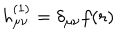
LaTeX: h _ { \mu \nu } ^ { ( 1 ) } = \delta _ { \mu \nu } f ( r )